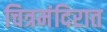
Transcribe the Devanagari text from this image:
चित्रमंदिरात